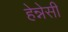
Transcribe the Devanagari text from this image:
हेन्नेसी